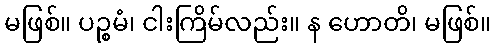
မဖြစ်။ ပဉ္စမံ၊ ငါးကြိမ်လည်း။ န ဟောတိ၊ မဖြစ်။